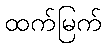
ထက်မြက်